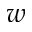
w